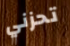
تحزني